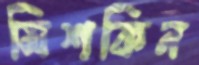
মিশকিন